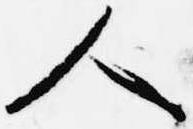
人